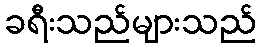
ခရီးသည်များသည်